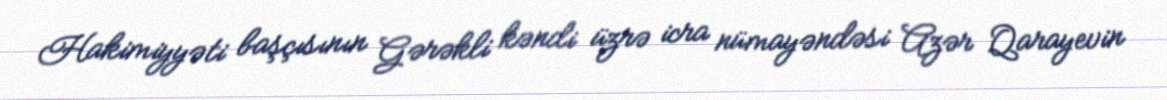
Hakimiyyəti başçısının Gərəkli kəndi üzrə icra nümayəndəsi Azər Qarayevin